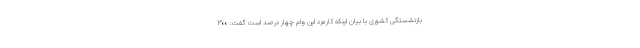
بازنشستگی کشوری با بیان اینکه کارمزد این وام چهار درصد است گفت: ۳۰۰